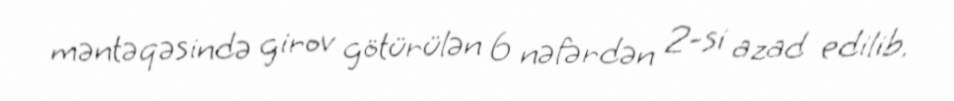
məntəqəsində girov götürülən 6 nəfərdən 2-si azad edilib.